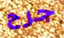
جرح